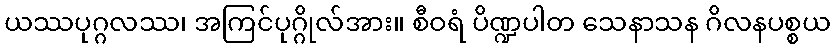
ယဿပုဂ္ဂလဿ၊ အကြင်ပုဂ္ဂိုလ်အား။ စီဝရံ ပိဏ္ဍပါတ သေနာသန ဂိလနပစ္စယ